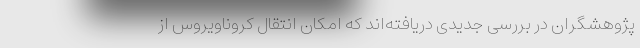
پژوهشگران در بررسی جدیدی دریافته‌اند که امکان انتقال کروناویروس از